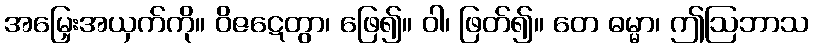
အမြှေးအယှက်ကို။ ဝိဇဋေတွာ၊ ဖြေ၍။ ဝါ၊ ဖြတ်၍။ တေ ဓမ္မာ၊ ဤဩဘာသ